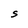
Character: S